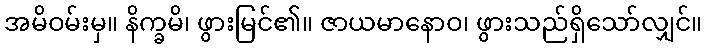
အမိဝမ်းမှ။ နိက္ခမိ၊ ဖွားမြင်၏။ ဇာယမာနောဝ၊ ဖွားသည်ရှိသော်လျှင်။